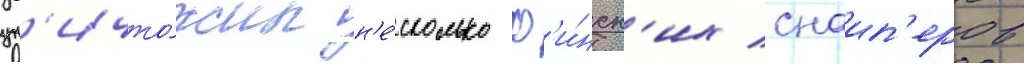
ун'ичто́жил н'е́сколько ф'и́нск'их снаип'еров